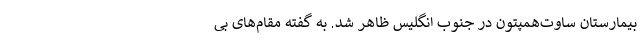
بیمارستان ساوت‌همپتون در جنوب انگلیس ظاهر شد. به گفته مقام‌های بی